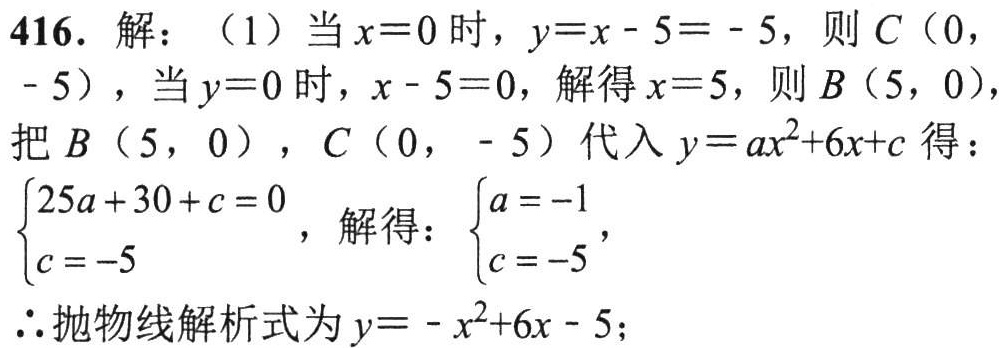
416. 解：（1）当 \(x = 0\) 时，\(y=x - 5=- 5\)，则 \(C(0,-5)\)，当 \(y = 0\) 时，\(x - 5 = 0\)，解得 \(x = 5\)，则 \(B(5,0)\)，
把 \(B(5,0)\)，\(C(0,-5)\) 代入 \(y = ax^{2}+6x + c\) 得：
\(\begin{cases}25a + 30 + c = 0\\c = - 5\end{cases}\)，解得：\(\begin{cases}a=-1\\c = - 5\end{cases}\)，
\(\therefore\)抛物线解析式为 \(y=-x^{2}+6x - 5\)；